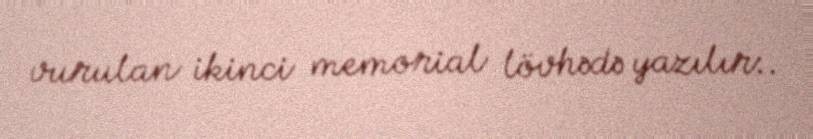
vurulan ikinci memorial lövhədə yazılır:.